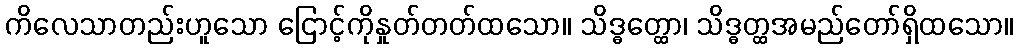
ကိလေသာတည်းဟူသော ငြောင့်ကိုနှုတ်တတ်ထသော။ သိဒ္ဓတ္ထော၊ သိဒ္ဓတ္ထအမည်တော်ရှိထသော။